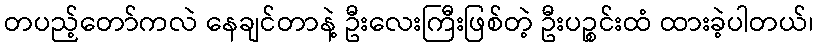
တပည့်တော်ကလဲ နေချင်တာနဲ့ ဦးလေးကြီးဖြစ်တဲ့ ဦးပဉ္စင်းထံ ထားခဲ့ပါတယ်၊